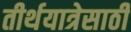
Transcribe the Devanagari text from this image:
तीर्थयात्रेसाठी